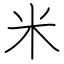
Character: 米